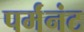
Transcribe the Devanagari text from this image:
पर्मंनंट